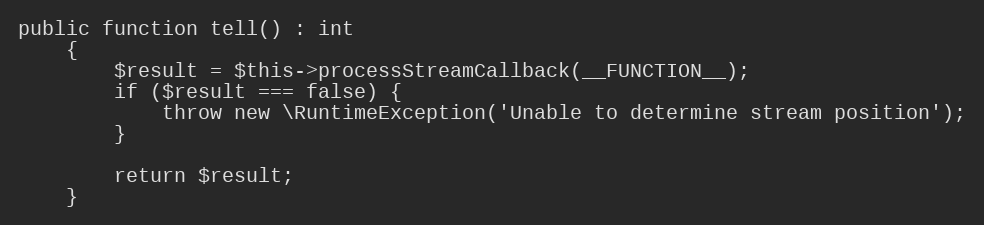
Language: PHP
public function tell() : int
    {
        $result = $this->processStreamCallback(__FUNCTION__);
        if ($result === false) {
            throw new \RuntimeException('Unable to determine stream position');
        }

        return $result;
    }